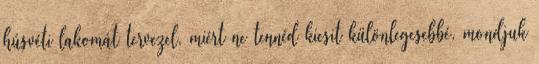
húsvéti lakomát tervezel, miért ne tennéd kicsit különlegesebbé, mondjuk